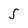
Character: s